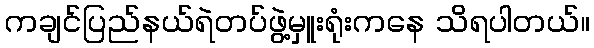
ကချင်ပြည်နယ်ရဲတပ်ဖွဲ့မှူးရုံးကနေ သိရပါတယ်။